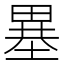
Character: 𤲲